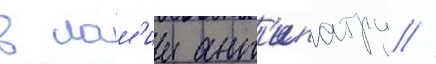
в лам'ии ант'ипатру //